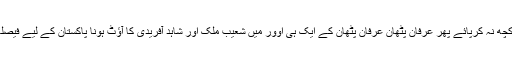
یونس خان بھی کچھ نہ کرپائے پھر عرفان پٹھان عرفان پٹھان کے ایک ہی اوور میں شعیب ملک اور شاہد آفریدی کا آؤٹ ہونا پاکستان کے لیے فیصلہ کن ضرب تھا۔